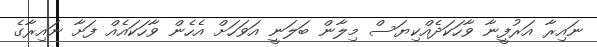
ނައިރާ އަރުފީނާ ވާހަކަދެއްކިޔަސް މިލާން ބަލަނީ އަވަހަށް އެހެން ވާހަކައެއް ފަށާ ނައިރާގެ